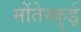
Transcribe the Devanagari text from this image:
मोंतेस्कुई